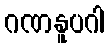
ဂဏနူပဂါ